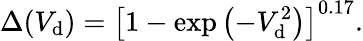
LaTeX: \Delta(V_{\mathrm{d}})=\left[1-\exp\left(-V_{\mathrm{d}}^{2}\right)\right]^{0.17}.